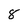
Character: 8